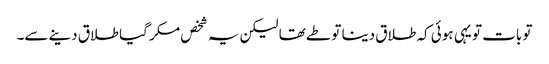
تو بات تو یہی ہوئی کہ طلاق دینا تو طے تھا لیکن یہ شخص مکر گیا طلاق دینے سے۔